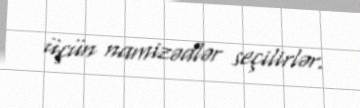
üçün namizədlər seçilirlər.